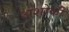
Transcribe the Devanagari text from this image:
अशोकी